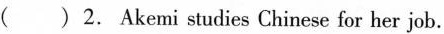
() 2. Akemi studies Chinese for her job.